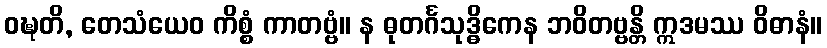
ဝဍ္ဎတိ, တေသံယေဝ ကိစ္စံ ကာတဗ္ဗံ။ န ဓုတင်္ဂသုဒ္ဓိကေန ဘဝိတဗ္ဗန္တိ ဣဒမဿ ဝိဓာနံ။